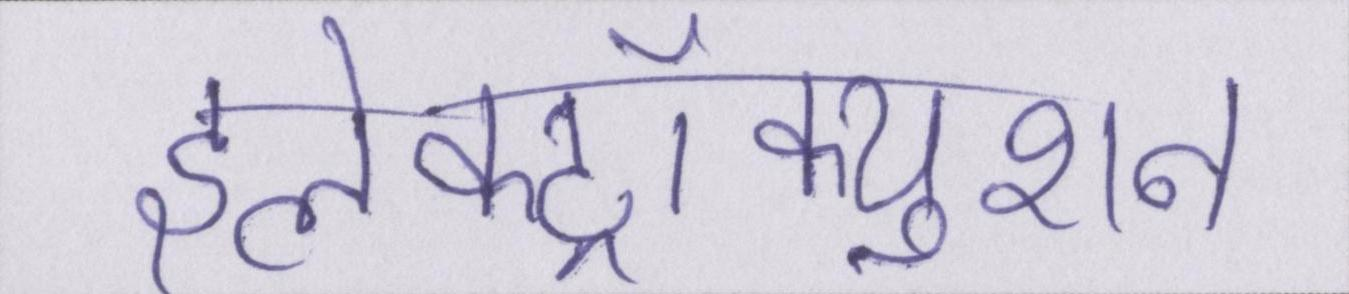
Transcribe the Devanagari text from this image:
इलेक्ट्रॉक्युशन